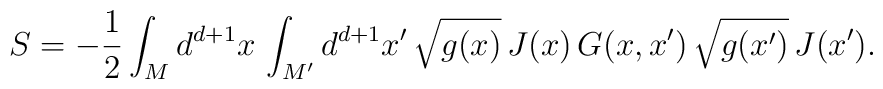
S = -\frac{1}{2} \int_M  d^{d+1}x \, \int_{M^\prime} d^{d+1}x^\prime\, \sqrt{g(x)} \, J(x) \, G(x,x^\prime) \, \sqrt{g(x^\prime)} \,J(x^\prime).